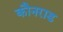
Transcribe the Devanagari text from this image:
कौनराड